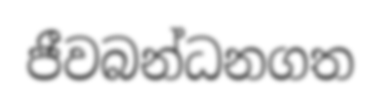
ජීවබන්ධනගත